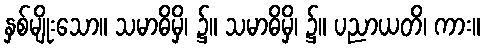
နှစ်မျိုးသော။ သမာဓိမှိ၊ ၌။ သမာဓိမှိ၊ ၌။ ပညာယတိ၊ ကား။